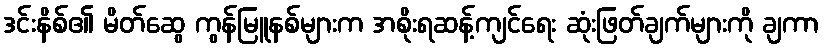
ဒင်းနိစ်၏ မိတ်ဆွေ ကွန်မြူနစ်များက အစိုးရဆန့်ကျင်ရေး ဆုံးဖြတ်ချက်များကို ချကာ